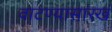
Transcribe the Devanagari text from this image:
वाटण्यासारखं